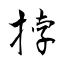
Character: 挬